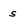
Character: s